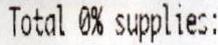
TOTAL 0% SUPPLIES: